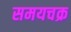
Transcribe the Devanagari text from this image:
समयचक्र